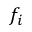
f _ { i }